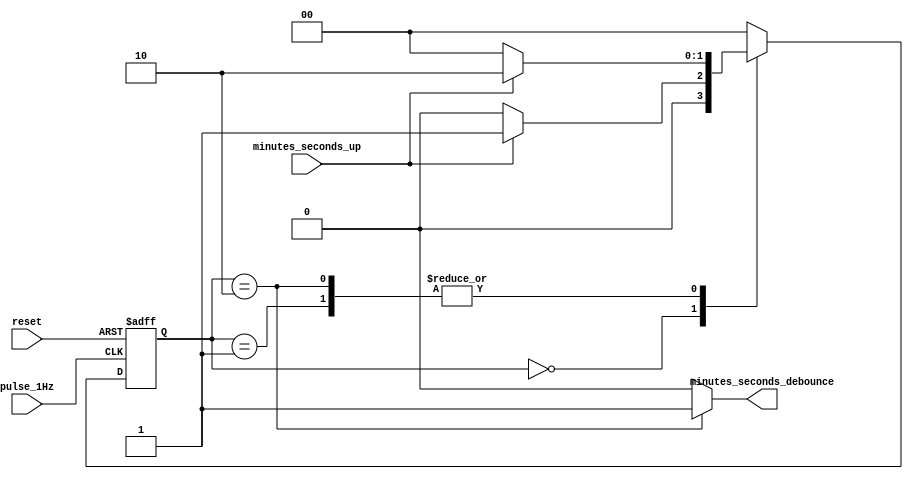
`timescale 1ns / 1ps
//////////////////////////////////////////////////////////////////////////////////
// Company: Carleton University 
// 
// Module Name: debounce
// Project Name: Egg Timer
// Target Devices: NEXYS A7 100 T
// Tool Versions: 
// Description: Debounce circuit
// Dependencies: 
// 
// Revision:
// Revision 1.2
// Additional Comments: 
// 
//////////////////////////////////////////////////////////////////////////////////


module debounce (
    input pulse_1Hz,
    input minutes_seconds_up,
    input reset,
    output minutes_seconds_debounce
    );  

    /*
    
        IDEA: Need to Get to bits in a datastream high consistantly... in other words, need to find when there is two continous
        1 ("11") in a datastream
        
        Therefore use a state machine
        where 
            current state S0: if the next bit is 0, the next state will be S0 as no one is found
            current state S0: if the next bit is 1, the next state will be S1 as a bit one is found
            current state S1: if the next bit is 1, then two sequenctial bits is found as such next state is S11 and debounde is 1
            current state S1: if next bit is 0, then two sequencial bit is not found as such next state is S0
            current state S11: if next bit is 0, then the sequency breaks so next state is S0
            current state S11: if next bit is 1, then again two sequenctial bits is found as such next state is S11 and debounde is 1
    */
    parameter S0 = 0, S1 = 1, S11 = 2;
    reg [1:0] state;
    reg [1:0] nextstate;
    
    
    always @ (state or minutes_seconds_up) begin
      case (state)
            S0: begin
                if (minutes_seconds_up)
                    nextstate = S1;
                else
                    nextstate = S0;
            end
            S1: begin
                if (minutes_seconds_up)
                    nextstate = S11;
                else
                    nextstate = S0;
            end
            S11: begin
                if (minutes_seconds_up)
                    nextstate = S11;
                else
                    nextstate = S0;
            end
            default: nextstate = S0;
      endcase
    end

    always @ (posedge pulse_1Hz or posedge reset) begin
        if (reset)
            state = S0;
        else
            state = nextstate;
    end

    assign minutes_seconds_debounce = (state == S11) ? 1'b1: 1'b0;

endmodule